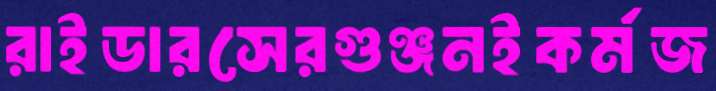
রাইডারসেরগুঞ্জনইকর্মজ